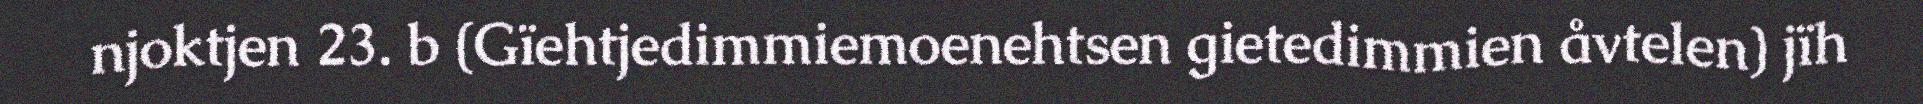
njoktjen 23. b (Gïehtjedimmiemoenehtsen gietedimmien åvtelen) jïh